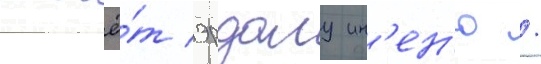
отчё́т эрдалу ин'ен'ю /